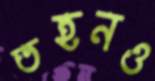
তহনও